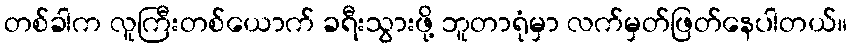
တစ်ခါက လူကြီးတစ်ယောက် ခရီးသွားဖို့ ဘူတာရုံမှာ လက်မှတ်ဖြတ်နေပါတယ်။